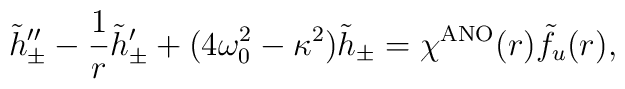
\tilde{h}_{\pm}'' - \frac{1}{r} \tilde{h}_{\pm}'+ (4 \omega_0^2 - \kappa^2)\tilde{h}_{\pm} =\chi^{\rm ANO}(r) \tilde{f}_u(r),